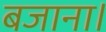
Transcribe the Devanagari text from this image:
बजाना।